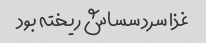
غذا سرد سساش ریخته بود